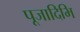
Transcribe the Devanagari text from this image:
पूजादिभि